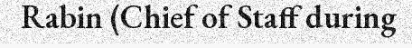
Rabin (Chief of Staff during